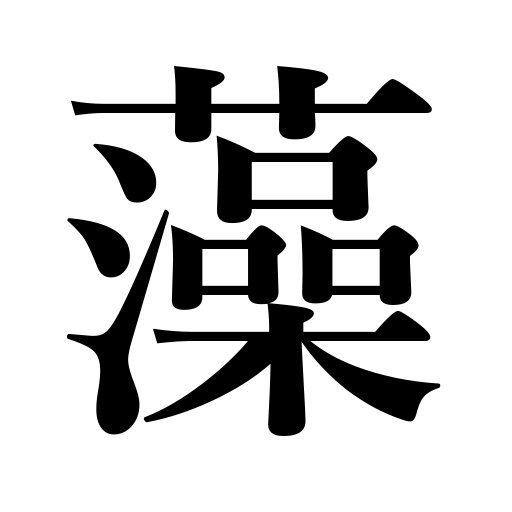
Meanings: duckweed,seaweed